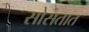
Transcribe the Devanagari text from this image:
सोसतात